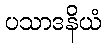
ပသာဒနိယံ